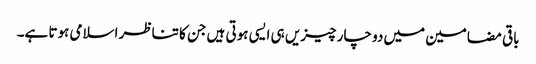
باقی مضامین میں دو چار چیزیں ہی ایسی ہوتی ہیں جن کا تناظر اسلامی ہوتا ہے۔